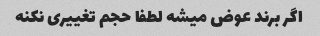
اگر برند عوض میشه لطفا حجم تغییری نکنه